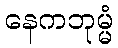
နေကဘုမ္မံ